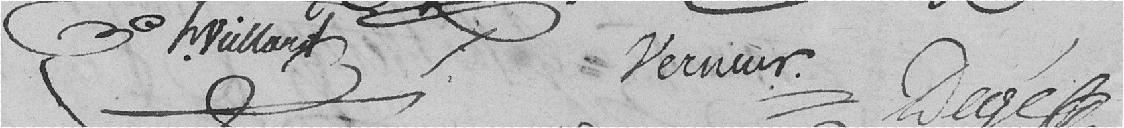
L.Vaillant                         Vernier                 Légé